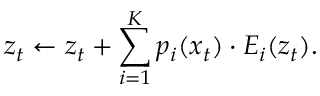
\ensuremath { \boldsymbol { z } } _ { t } \gets \ensuremath { \boldsymbol { z } } _ { t } + \sum _ { i = 1 } ^ { K } p _ { i } ( x _ { t } ) \cdot E _ { i } ( \ensuremath { \boldsymbol { z } } _ { t } ) .